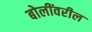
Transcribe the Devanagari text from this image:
बोलींवरील